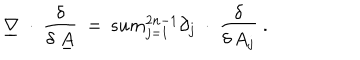
\underline { { { \nabla } } } ~ \cdot ~ \frac { \delta } { \delta \; \underline { { { A } } } } \ = \, s u m _ { j = 1 } ^ { 2 n - 1 } \partial _ { j } ~ \cdot ~ \frac { \delta } { \delta \, A _ { j } } \ .